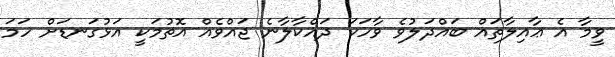
ވީމާ އެ ޢާއިލާތައް ބައްދަލުވެ ވާހަކަ ދައްކާލާނެ ޖައްވެއް އޮތުމަކީ އަޅުގަނޑަށް ހަމަ